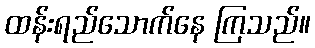
ထန်းရည်သောက်နေ ကြသည်။